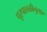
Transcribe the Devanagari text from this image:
पूरपातळीनुसार